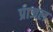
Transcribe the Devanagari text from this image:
प्राजल